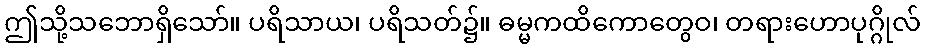
ဤသို့သဘောရှိသော်။ ပရိသာယ၊ ပရိသတ်၌။ ဓမ္မကထိကောတွေဝ၊ တရားဟောပုဂ္ဂိုလ်